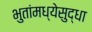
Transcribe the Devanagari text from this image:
भुतांमध्येसुद्धा